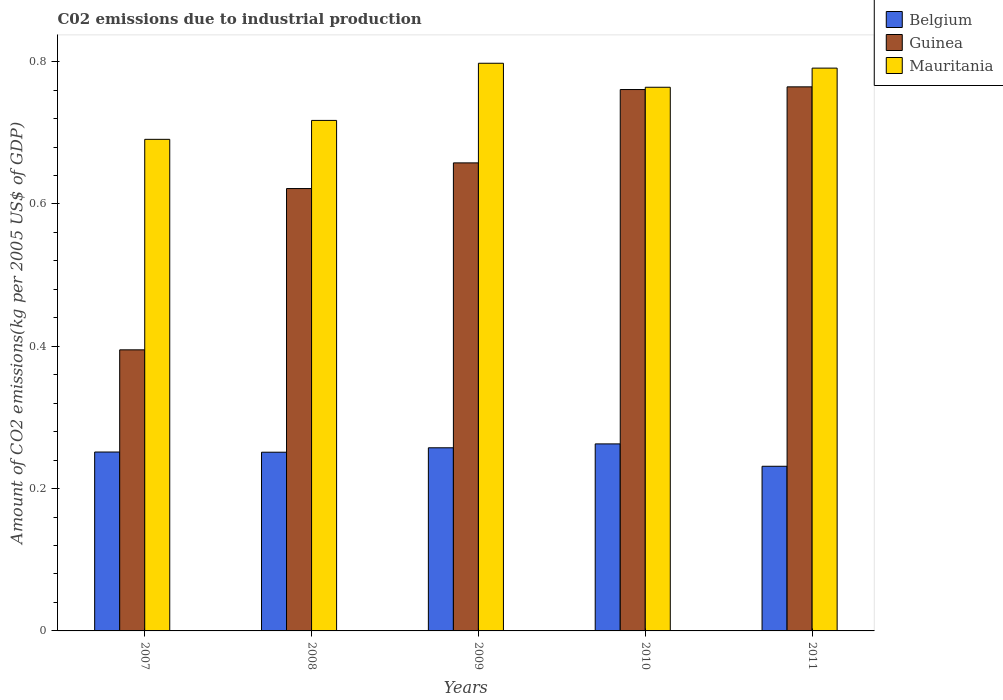
| Years | Belgium | Guinea | Mauritania |
 | --- | --- | --- | --- |
 | 2007 | 0.251 | 0.395 | 0.691 |
 | 2008 | 0.251 | 0.622 | 0.717 |
 | 2009 | 0.257 | 0.658 | 0.798 |
 | 2010 | 0.263 | 0.761 | 0.764 |
 | 2011 | 0.231 | 0.765 | 0.791 |